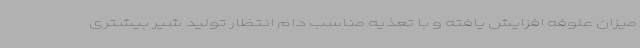
میزان علوفه افزایش یافته و با تعذیه مناسب دام انتظار تولید شیر بیشتری